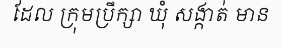
ដែល ក្រុមប្រឹក្សា ឃុំ សង្កាត់ មាន